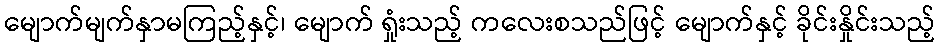
မျောက်မျက်နှာမကြည့်နှင့်၊ မျောက် ရှုံးသည့် ကလေးစသည်ဖြင့် မျောက်နှင့် ခိုင်းနှိုင်းသည့်